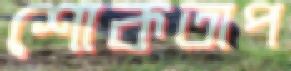
শোকতাপ